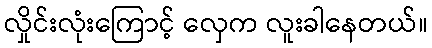
လှိုင်းလုံးကြောင့် လှေက လူးခါနေတယ်။